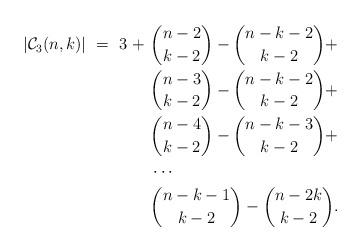
LaTeX: \begin{align*} |\mathcal C_3(n,k)|\ =\ 3\ +\ &{n-2\choose k-2}-{n-k-2\choose k-2} + \\ & {n-3\choose k-2}-{n-k-2\choose k-2}+\\ & {n-4\choose k-2}-{n-k-3\choose k-2}+\\ &\cdots \\ &{n-k-1\choose k-2}-{n-2k\choose k-2}.\end{align*}